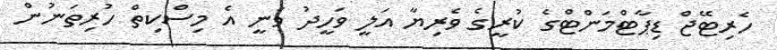
ހެރިޓޭޖް ޑިޕާޓްމަންޓްގެ ކުރީގެ ވެރިޔާ އަލީ ވަހީދު ވަނީ އެ މިސްކިތް ހުރިތަނުން